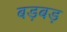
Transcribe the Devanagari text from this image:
बड़बड़